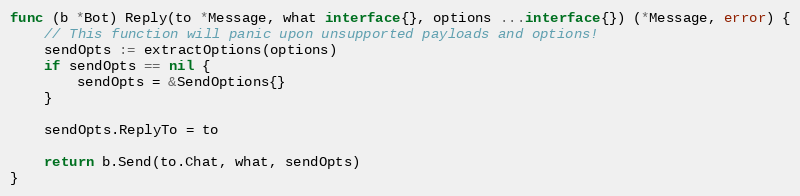
Language: Go
func (b *Bot) Reply(to *Message, what interface{}, options ...interface{}) (*Message, error) {
	// This function will panic upon unsupported payloads and options!
	sendOpts := extractOptions(options)
	if sendOpts == nil {
		sendOpts = &SendOptions{}
	}

	sendOpts.ReplyTo = to

	return b.Send(to.Chat, what, sendOpts)
}